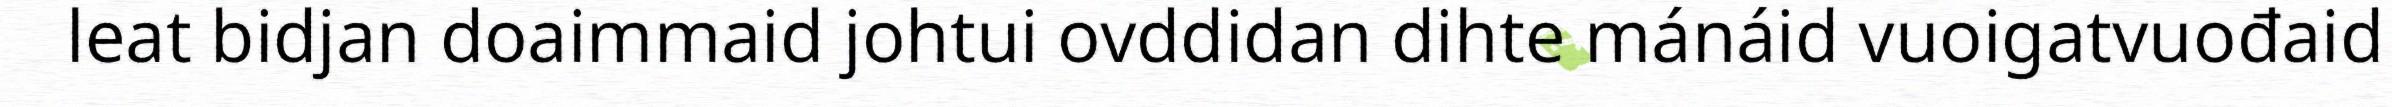
leat bidjan doaimmaid johtui ovddidan dihte mánáid vuoigatvuođaid